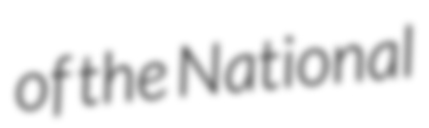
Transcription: of the National